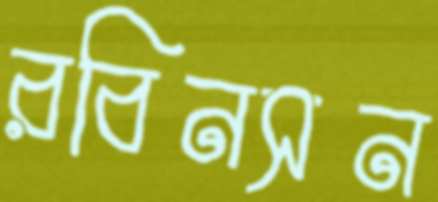
রবিনসন